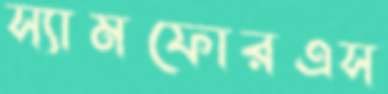
স্যামফোরএস